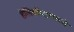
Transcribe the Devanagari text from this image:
हेलिकॉप्टरमध्ये